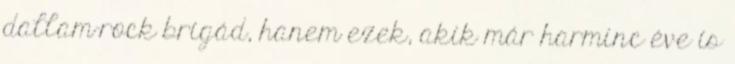
dallam-rock brigád, hanem ezek, akik már harminc éve is